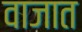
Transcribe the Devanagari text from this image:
वाजात